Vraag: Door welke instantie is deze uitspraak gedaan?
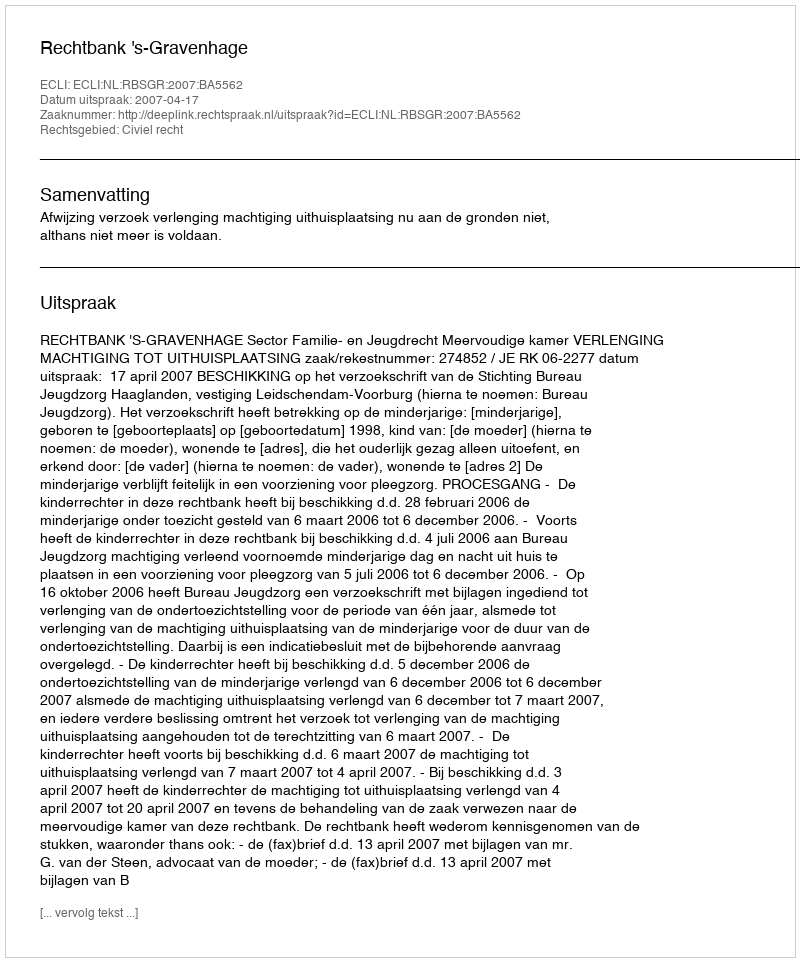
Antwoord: Rechtbank 's-Gravenhage